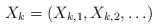
LaTeX: \begin{align*}X_k = (X_{k,1}, X_{k,2},\ldots)\end{align*}